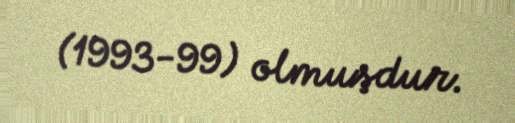
(1993-99) olmuşdur.